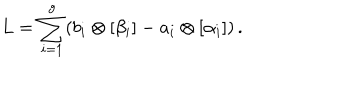
L = \sum _ { i = 1 } ^ { g } ( b _ { i } \otimes [ \beta _ { i } ] - a _ { i } \otimes [ \alpha _ { i } ] ) \, .